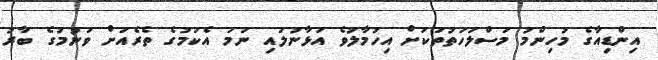
އިންޑިއާގެ މުހިންމު މަސްލަހަތުތަކަށް އިހުމާލުވެ އަޅާނުލައި ނަމަ އެކަމުގެ ތެރެއަށް ވަނުމުުގެ ބާރު